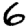
Digit: 6